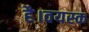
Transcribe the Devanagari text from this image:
है।वयस्क